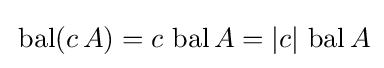
\,\operatorname {bal} (c\,A)=c\,\operatorname {bal} A=|c|\,\operatorname {bal} A